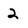
Character: 2